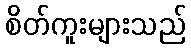
စိတ်ကူးများသည်